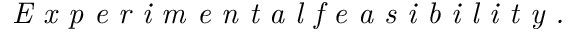
\emph { E x p e r i m e n t a l f e a s i b i l i t y . }